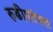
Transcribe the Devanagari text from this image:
रुढीपरंपरा